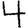
Digit: 4